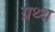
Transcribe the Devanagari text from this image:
ग्रथ्थ